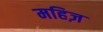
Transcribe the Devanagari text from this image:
महिज़